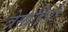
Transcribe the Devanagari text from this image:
बेसाहियो